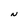
Character: N